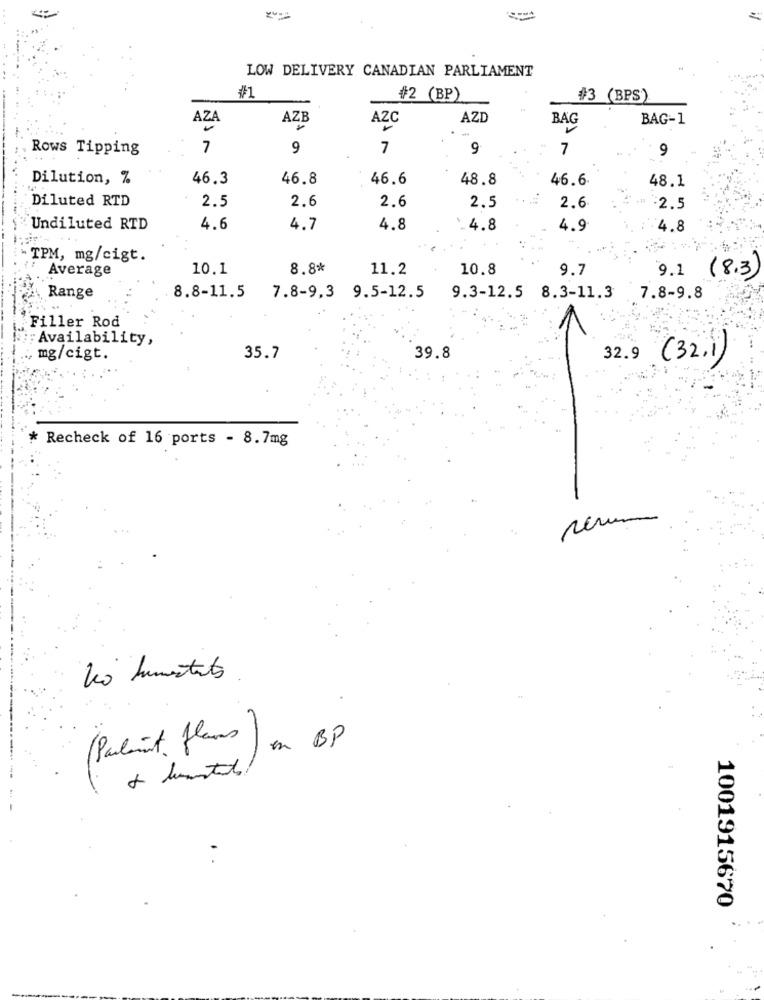
LOW DELIVERY CANADIAN PARLIAMENT
#1
#2 (BP)
#3 (BPS)
AZA
AZB
AZC
AZD
BAG
BAG-1
Rows Tipping
7
9
7
9
7
9
Dilution, %
46.3
46.8
46.6
48.8
46.6.
48.1
Diluted RTD
2.6
2.5
2.6
2.5
2.6
:2.5
Undiluted RTD
4.6
4.7
4.8
.4.8
4.9
4.8
TPM, mg/cigt.
Average
10.1
8.8*
11.2
10.8
9.7
9.1 (8.3)
Range
8.8-11.5
7.8-9,3 9.5-12.5
9.3-12.5 8.3-11.3
7.8-9.8
Filler Rod
Availability,
mg/cigt.
35.7
39.8
32.9
( 32. 1)
* Recheck of 16 ports - 8.7mg
rerum
(Parlament flans ) on BP
1001915670